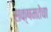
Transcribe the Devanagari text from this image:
सक्षमतेचा